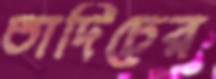
তাদিচের